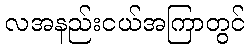
လအနည်းငယ်အကြာတွင်